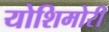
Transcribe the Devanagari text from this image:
योशिमोरी